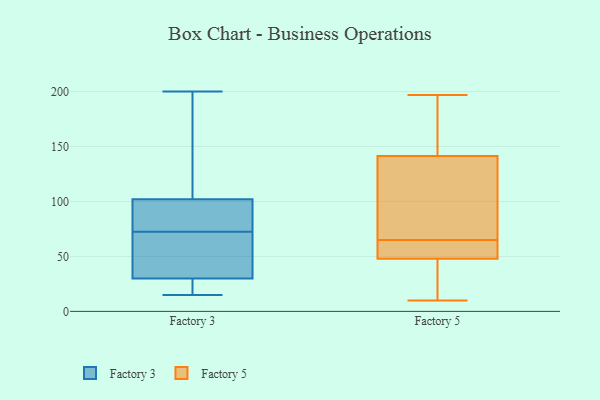
{"axis": {"x": "Population (Million)", "y": "Value"}, "legend": ["Factory 3", "Factory 5"], "data": [{"x": "", "y": 64, "type": "Factory 3"}, {"x": "", "y": 30, "type": "Factory 3"}, {"x": "", "y": 56, "type": "Factory 3"}, {"x": "", "y": 200, "type": "Factory 3"}, {"x": "", "y": 15, "type": "Factory 3"}, {"x": "", "y": 102, "type": "Factory 3"}, {"x": "", "y": 93, "type": "Factory 3"}, {"x": "", "y": 25, "type": "Factory 3"}, {"x": "", "y": 81, "type": "Factory 3"}, {"x": "", "y": 176, "type": "Factory 3"}, {"x": "", "y": 73, "type": "Factory 5"}, {"x": "", "y": 76, "type": "Factory 5"}, {"x": "", "y": 37, "type": "Factory 5"}, {"x": "", "y": 158, "type": "Factory 5"}, {"x": "", "y": 197, "type": "Factory 5"}, {"x": "", "y": 64, "type": "Factory 5"}, {"x": "", "y": 98, "type": "Factory 5"}, {"x": "", "y": 156, "type": "Factory 5"}, {"x": "", "y": 38, "type": "Factory 5"}, {"x": "", "y": 65, "type": "Factory 5"}, {"x": "", "y": 191, "type": "Factory 5"}, {"x": "", "y": 59, "type": "Factory 5"}, {"x": "", "y": 33, "type": "Factory 5"}, {"x": "", "y": 10, "type": "Factory 5"}, {"x": "", "y": 156, "type": "Factory 5"}, {"x": "", "y": 69, "type": "Factory 5"}, {"x": "", "y": 59, "type": "Factory 5"}, {"x": "", "y": 48, "type": "Factory 5"}, {"x": "", "y": 48, "type": "Factory 5"}]}